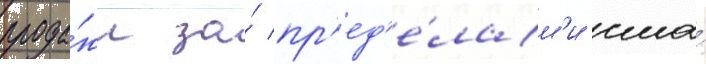
прода́жи за́ пр'ед'е́лам'и сша́